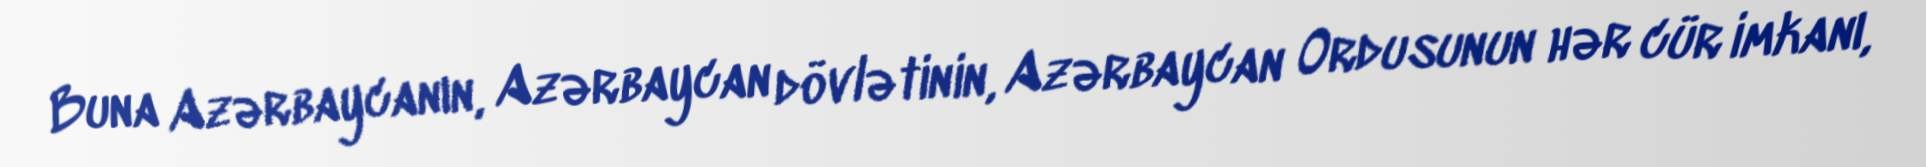
Buna Azərbaycanın, Azərbaycan dövlətinin, Azərbaycan Ordusunun hər cür imkanı,